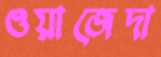
ওয়াজেদা